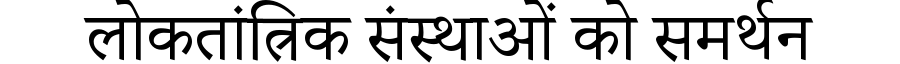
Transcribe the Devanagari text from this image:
लोकतांत्रिक संस्थाओं को समर्थन